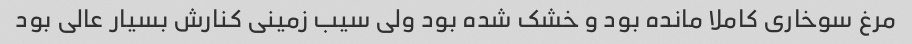
مرغ سوخاری کاملا مانده بود و خشک شده بود ولی سیب زمینی کنارش بسیار عالی بود